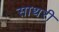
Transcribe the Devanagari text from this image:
साथरी